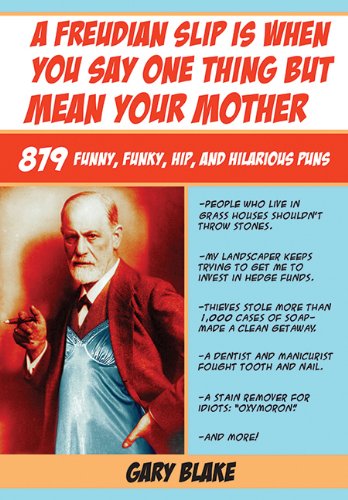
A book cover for A Freudian Slip Is When You Say One Thing but Mean Your Mother: 879 Funny, Funky, Hip, and Hilarious Puns; Gary Blake; Humor & Entertainment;